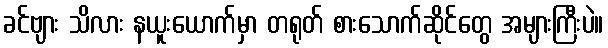
ခင်ဗျား သိလား နယူးယောက်မှာ တရုတ် စားသောက်ဆိုင်တွေ အများကြီးပဲ။